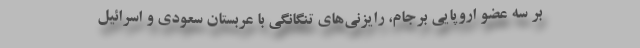
بر سه عضو اروپایی برجام، رایزنی‌های تنگانگی با عربستان سعودی و اسرائیل